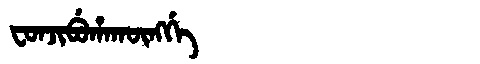
Manchu: ᠸᠣᠨᠵᡳᠪᡠᡥᠠᡴᡡᠩᡤᡝ
Romanization: FONJIBUHAKŪNGGE